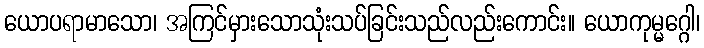
ယောပရာမာသော၊ အကြင်မှားသောသုံးသပ်ခြင်းသည်လည်းကောင်း။ ယောကုမ္မဂ္ဂေါ၊